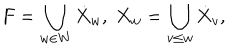
F = \bigcup _ { w \in W } \dot { X } _ { w } , \; X _ { w } = \bigcup _ { v \leq w } \dot { X } _ { v } ,